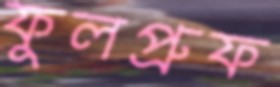
ফুলপ্রুফ